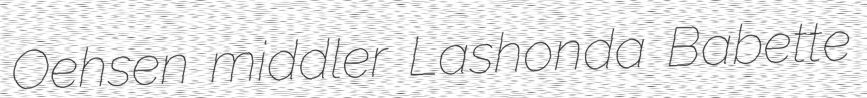
Oehsen middler Lashonda Babette